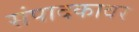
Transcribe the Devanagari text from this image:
संपादकावर